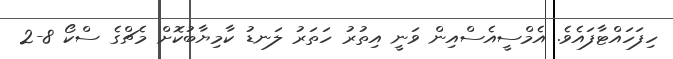
ހިފަހައްޓާފައެވެ. އެމްސީއެސްއިން ވަނީ އިތުރު ހަތަރު ލަނޑު ކާމިޔާބުކޮށް މެޗްގެ ސްކޯ 8-2